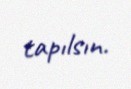
tapılsın.